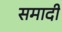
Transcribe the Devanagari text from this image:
समादी